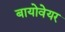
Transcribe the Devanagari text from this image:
बायोवेयर